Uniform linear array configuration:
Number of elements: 64
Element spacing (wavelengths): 0.75
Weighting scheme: exponential
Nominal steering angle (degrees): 45
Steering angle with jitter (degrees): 45.803
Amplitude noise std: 0.05
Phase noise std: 0.05

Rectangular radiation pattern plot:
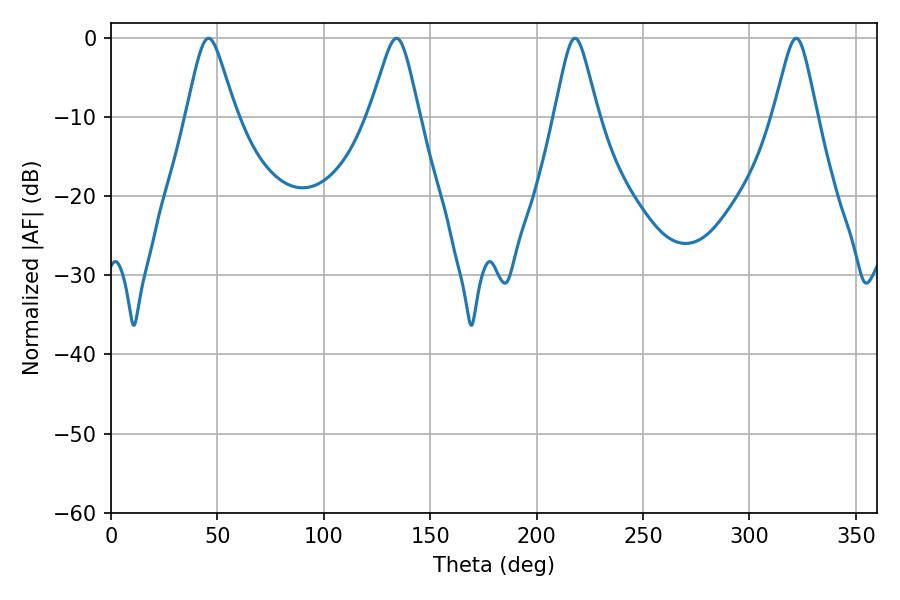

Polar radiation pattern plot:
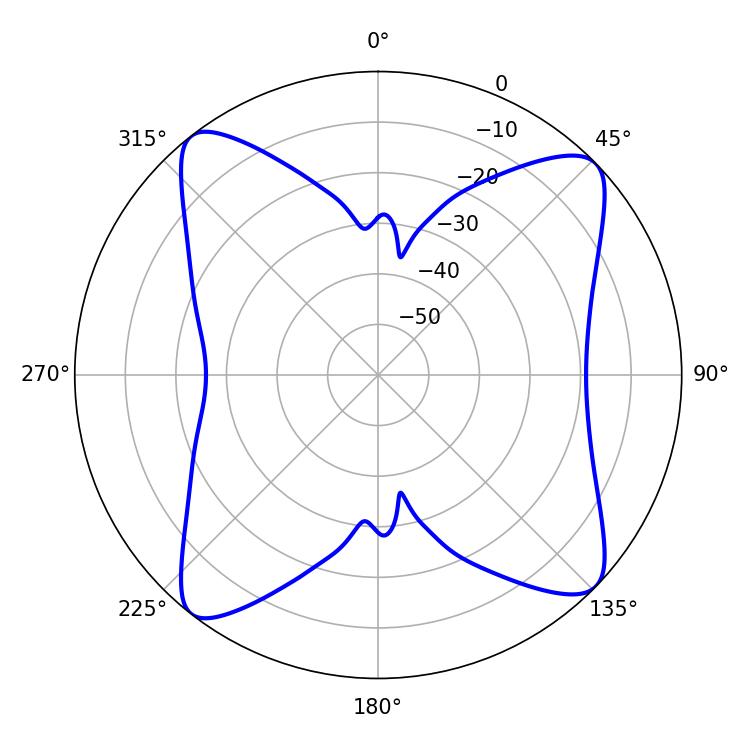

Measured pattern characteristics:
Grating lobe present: TRUE
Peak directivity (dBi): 13.389
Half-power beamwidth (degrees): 9.72
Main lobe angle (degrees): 217.98